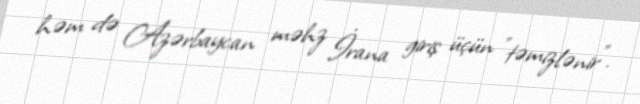
həm də Azərbaycan məhz İrana giriş üçün "təmizlənir".